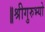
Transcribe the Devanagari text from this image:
॥श्रीगुरुभ्यो